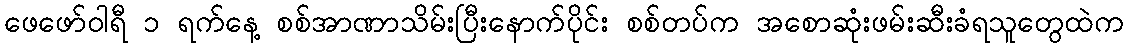
ဖေဖော်ဝါရီ ၁ ရက်နေ့ စစ်အာဏာသိမ်းပြီးနောက်ပိုင်း စစ်တပ်က အစောဆုံးဖမ်းဆီးခံရသူတွေထဲက